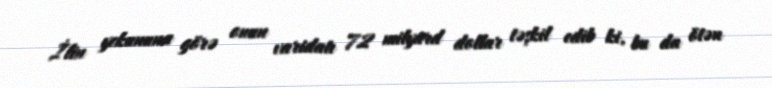
İlin yekununa görə onun varidatı 72 milyard dollar təşkil edib ki, bu da ötən